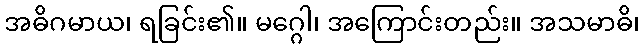
အဓိဂမာယ၊ ရခြင်း၏။ မဂ္ဂေါ၊ အကြောင်းတည်း။ အသမာဓိ၊